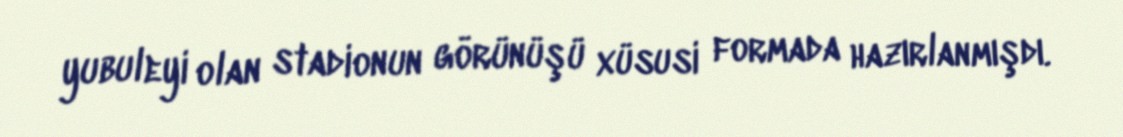
yubuleyi olan stadionun görünüşü xüsusi formada hazırlanmışdı.